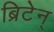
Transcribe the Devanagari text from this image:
ब्रिटेन्